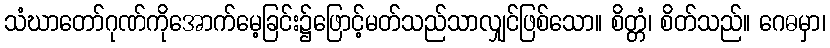
သံဃာတော်ဂုဏ်ကိုအောက်မေ့ခြင်း၌ဖြောင့်မတ်သည်သာလျှင်ဖြစ်သော။ စိတ္တံ၊ စိတ်သည်။ ဂေဓမှာ၊